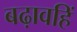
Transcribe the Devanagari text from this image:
बढ़ावहिं